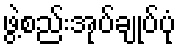
ဖွဲ့စည်းအုပ်ချုပ်ပုံ